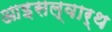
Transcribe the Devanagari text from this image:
आइसल्वार्थ